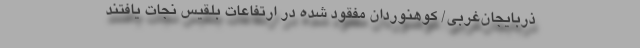
ذربایجان‌غربی/ کوهنوردان مفقود شده در ارتفاعات بلقیس نجات یافتند